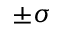
\pm \sigma